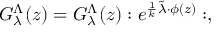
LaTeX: { \cal G } _ { \lambda } ^ { \Lambda } ( z ) = { G } _ { \lambda } ^ { \Lambda } ( z ) : e ^ { { { \frac { 1 } { k } } \tilde { \lambda } \cdot \phi ( z ) } } : ,